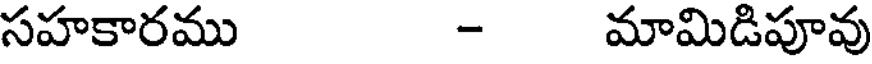
సహకారము - మామిడిపూవు